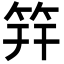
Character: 筓